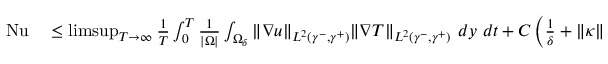
\begin{array} { r l } { \mathrm { { N u } } } & { { } \leq \operatorname* { l i m s u p } _ { T \to \infty } \frac { 1 } { T } \int _ { 0 } ^ { T } \frac { 1 } { | \Omega | } \int _ { \Omega _ { \delta } } \| \nabla u \| _ { L ^ { 2 } ( \gamma ^ { - } , \gamma ^ { + } ) } \| \nabla T \| _ { L ^ { 2 } ( \gamma ^ { - } , \gamma ^ { + } ) } \ d y \ d t + C \left( \frac { 1 } { \delta } + \| \kappa \| _ { \infty } \right) } \end{array}